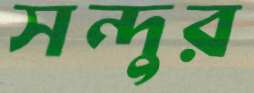
সন্দুর